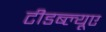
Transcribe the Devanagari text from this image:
टीडब्ल्‍यूए